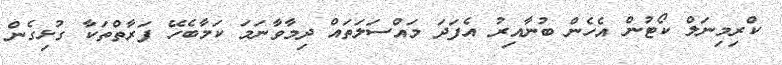
ކްރިމިނަލް ކޯޓުން އެހެން ބުނާއިރު އެފަދަ މައްސަލަތައް ދިމާވާނަމަ ކަމާބެހޭ ފަރާތްތަކާ ގުޅިގެން